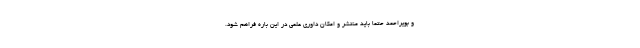
و بویراحمد حتما باید منتشر و امکان داوری علمی در این باره فراهم شود.